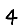
Digit: 4